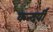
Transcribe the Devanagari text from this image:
कन्दर्पी